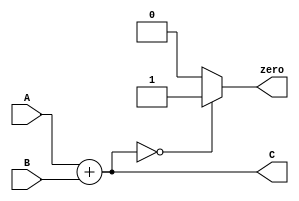
//`timescale 1ns / 1ps
//////////////////////////////////////////////////////////////////////////////////
// Company: 
// Engineer: 
// 
// Design Name: 
// Module Name: alu_adder
// Project Name: 
// Target Devices: 
// Tool Versions: 
// Description: 
// 
// Dependencies: 
// 
// Revision:
// Revision 0.01 - File Created
// Additional Comments:
// 
//////////////////////////////////////////////////////////////////////////////////


module alu_adder(
    input   [31:0]  A,
    input   [31:0]  B,
    output  reg [31:0]  C,
    output  reg zero
    );
    
always @ (*) begin
    C=A+B;
    if(C==32'b0) zero=1'b1;
    else zero=1'b0;
end
    
endmodule